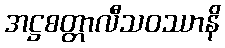
အဋ္ဌစတ္တာလီသဝဿာနိ